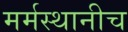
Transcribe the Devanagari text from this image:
मर्मस्थानीच